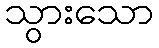
သွားသော